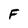
Character: F